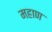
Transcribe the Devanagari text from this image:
महाण